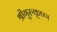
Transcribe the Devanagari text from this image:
श्रीगुरुकृष्ण